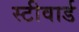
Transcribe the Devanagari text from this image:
स्टीवार्ड